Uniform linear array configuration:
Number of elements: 4
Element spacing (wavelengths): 0.5
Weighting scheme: binomial
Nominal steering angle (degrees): -45
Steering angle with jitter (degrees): -43.109
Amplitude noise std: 0.05
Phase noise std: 0.05

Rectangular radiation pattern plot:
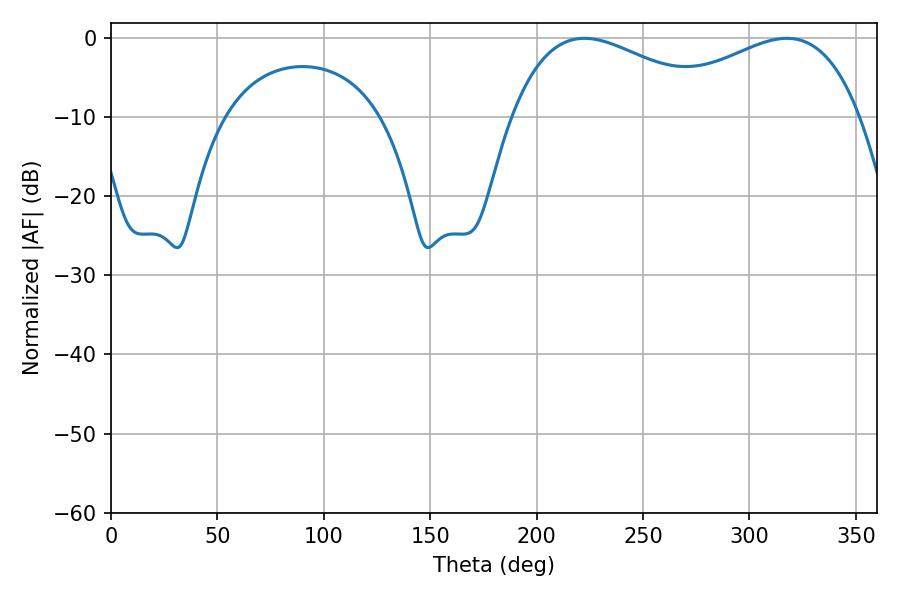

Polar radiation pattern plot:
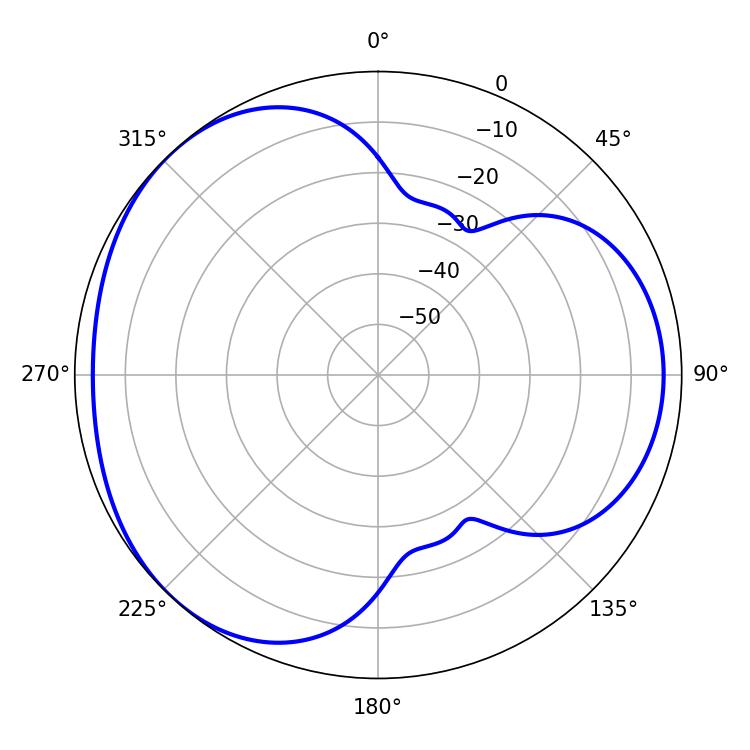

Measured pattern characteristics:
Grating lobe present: FALSE
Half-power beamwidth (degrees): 54.9
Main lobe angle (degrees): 222.48